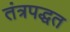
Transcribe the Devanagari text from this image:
तंत्रपद्धत